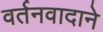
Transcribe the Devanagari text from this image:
वर्तनवादाने